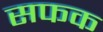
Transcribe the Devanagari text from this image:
सफक